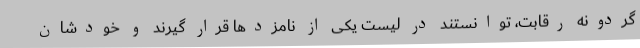
گردونه رقابت، توانستند در لیست یکی از نامزدها قرار گیرند و خودشان